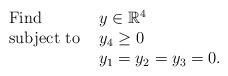
LaTeX: \begin{align*}\begin{array}{lll}\mbox{\rm Find } & y \in \mathbb{R}^4 & \\ \mbox{\rm subject to } & y_4 \ge 0 \\ & y_1 = y_2 = y_3 = 0. \end{array} \end{align*}